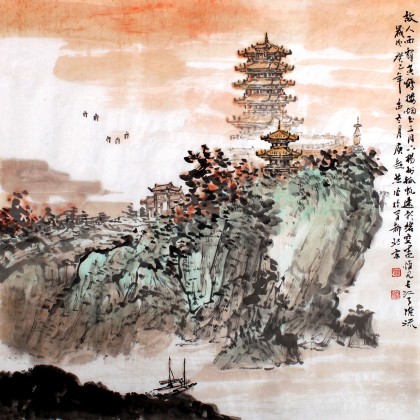
故人南燕吏，籍籍名更香。